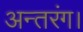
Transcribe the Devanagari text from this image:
अन्तरंग।